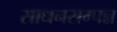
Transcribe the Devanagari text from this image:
साधनसम्पन्न